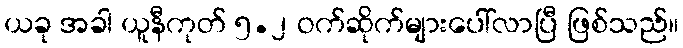
ယခု အခါ ယူနီကုတ် ၅.၂ ဝက်ဆိုက်များပေါ်လာပြီ ဖြစ်သည်။